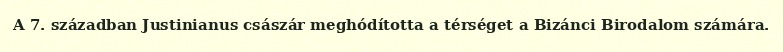
A 7. században Justinianus császár meghódította a térséget a Bizánci Birodalom számára.